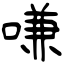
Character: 嗛